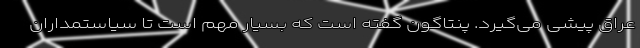
عراق پیشی می‌گیرد. پنتاگون گفته است که بسیار مهم است تا سیاستمداران